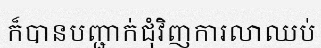
ក៏បានបញ្ជាក់ជុំវិញការលាឈប់